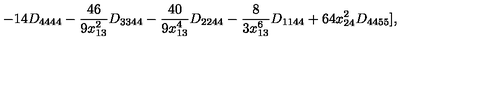
- 1 4 D _ { 4 4 4 4 } - \frac { 4 6 } { 9 x _ { 1 3 } ^ { 2 } } D _ { 3 3 4 4 } - \frac { 4 0 } { 9 x _ { 1 3 } ^ { 4 } } D _ { 2 2 4 4 } - \frac { 8 } { 3 x _ { 1 3 } ^ { 6 } } D _ { 1 1 4 4 } + 6 4 x _ { 2 4 } ^ { 2 } D _ { 4 4 5 5 } ] ,